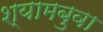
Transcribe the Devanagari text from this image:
श्यामबुवा